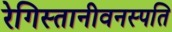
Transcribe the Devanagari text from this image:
रेगिस्तानीवनस्‍पति